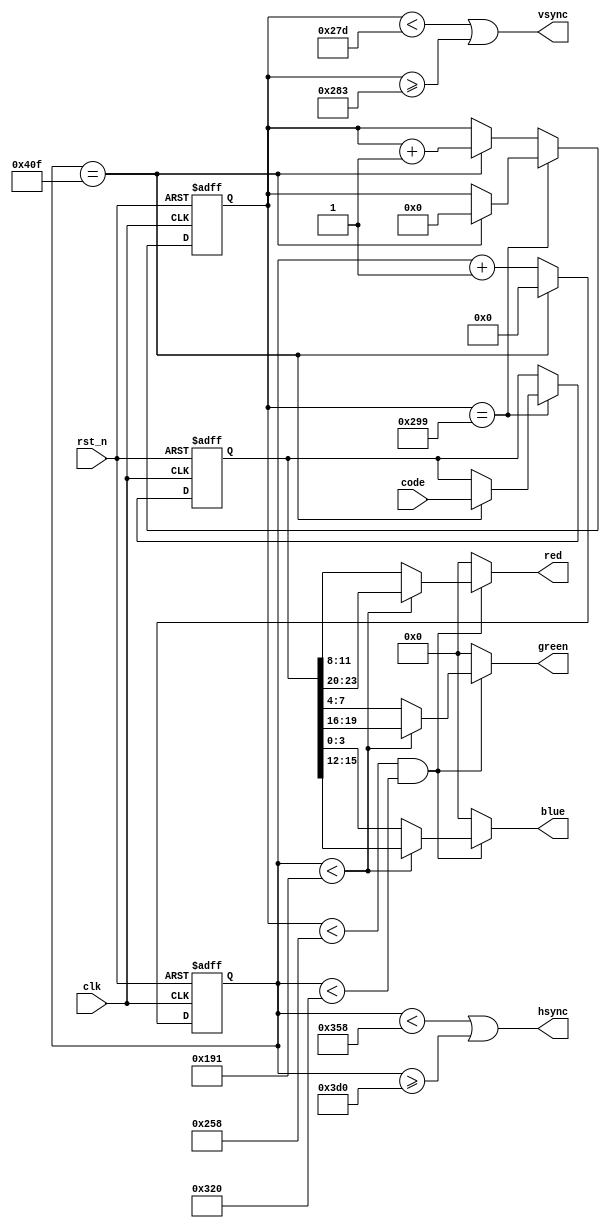
// VESA 800x600 72Hz
// pixel freq: 50MHz

// HORIZONTAL (pixels)
// visible: 800    
// front porch: 56  // R 0 G 0 B 0
// sync pulse: 120 // R 0 G 0 B 0
// back porch: 64   // R 0 G 0 B 0
//
// 1040 pixels

// VERTICAL (lines)
// visible: 600
// front porch: 37
// sync pulse: 6
// back porch: 23
//
// 666 lines 



module vga (
    input               clk,
    input               rst_n,
    input      [23:0]   code,
    output              hsync,
    output              vsync,
    output     [3:0]    red,
    output     [3:0]    green,
    output     [3:0]    blue
);

reg [10:0] h_counter;
reg [9:0]  v_counter;
reg [23:0] tmp_code;

// counters state crossing points
localparam  V_VISIBLE_START  = 0, 
            V_VISIBLE_END    = 600,
            V_FP_END        = 637,
            V_PULSE_END     = 643,
            V_BP_END        = 666;

localparam  H_VISIBLE_START  = 0, 
            H_VISIBLE_HALF   = 401,
            H_VISIBLE_END    = 800, 
            H_FP_END        = 856,
            H_PULSE_END     = 976,
            H_BP_END        = 1040;


// vsync is down only during sync pulse
assign vsync = v_counter < V_FP_END || 
                v_counter >= V_PULSE_END; 

// hsync is down only during sync pulse
assign hsync = h_counter < H_FP_END || 
                h_counter >= H_PULSE_END;

// is tmp pixel in visible part of the grid
wire visible =  v_counter < V_VISIBLE_END &&
                h_counter < H_VISIBLE_END;

// color is black if outside of visible grid
// on half of visible grid color should switch
assign red   = visible ? 
                (h_counter < H_VISIBLE_HALF ? tmp_code[23:20] : tmp_code[11:8]) 
                : 4'h0;

assign green   = visible ? 
                (h_counter < H_VISIBLE_HALF ? tmp_code[19:16] : tmp_code[7:4]) 
                : 4'h0;

assign blue   = visible ? 
                (h_counter < H_VISIBLE_HALF ? tmp_code[15:12] : tmp_code[3:0]) 
                : 4'h0;

always @(posedge clk, negedge rst_n) begin
    if(!rst_n) begin
        h_counter <= 0;
        v_counter <= 0;  
        tmp_code  <= 0;
    end
    else begin
        if(v_counter == V_BP_END - 1) begin
            // on last line of the grid
            if(h_counter == H_BP_END - 1) begin
                // on last pixel and last line of the grid
                v_counter <= 0;
                h_counter <= 0;
                // read new colors code on the end of displaying
                tmp_code <= code;
            end
            else 
                h_counter <= h_counter + 1;
        end
        else begin
            if(h_counter == H_BP_END - 1) begin
                // on last pixel of line but not last line
                h_counter <= 0;
                v_counter <= v_counter + 1;
            end
            else 
                h_counter <= h_counter + 1;
        end
    end
end
    
endmodule